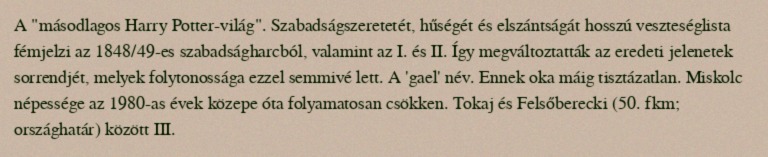
A "másodlagos Harry Potter-világ". Szabadságszeretetét, hűségét és elszántságát hosszú veszteséglista fémjelzi az 1848/49-es szabadságharcból, valamint az I. és II. Így megváltoztatták az eredeti jelenetek sorrendjét, melyek folytonossága ezzel semmivé lett. A 'gael' név. Ennek oka máig tisztázatlan. Miskolc népessége az 1980-as évek közepe óta folyamatosan csökken. Tokaj és Felsőberecki (50. fkm; országhatár) között III.